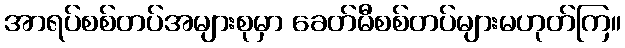
အာရပ်စစ်တပ်အများစုမှာ ခေတ်မီစစ်တပ်များမဟုတ်ကြ။